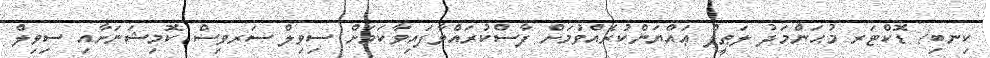
ކިނބި/ ޑޮކްޓަރ މުޙަންމަދު ލަޠީފް ޢައްޔަންކުރެއްވުމަށް ފާސްކުރައްވާފައިވާކަމަށް ސިވިލް ސަރވިސް ކޮމިޝަނަށާއި ސިވިލް